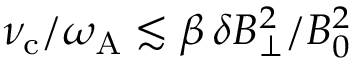
\nu _ { \mathrm { c } } / \omega _ { \mathrm { A } } \lesssim \beta \, \delta B _ { \perp } ^ { 2 } / B _ { 0 } ^ { 2 }